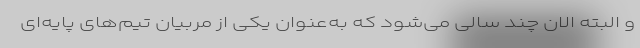
و البته الان چند سالی می‌شود که به‌عنوان یکی از مربیان تیم‌های پایه‌ای